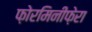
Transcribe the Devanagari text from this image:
फ़ोरमिनीफ़ेरा